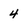
Character: 4